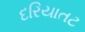
દરિયાતટ